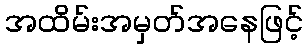
အထိမ်းအမှတ်အနေဖြင့်